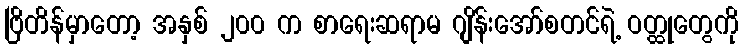
ဗြိတိန်မှာတော့ အနှစ် ၂၀၀ က စာရေးဆရာမ ဂျိန်းအော်စတင်ရဲ့ ဝတ္ထုတွေကို